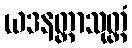
ယဒနတ္တာသုတ္တံ